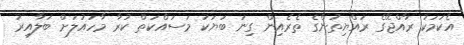
އެކަމަކު ރާއްޖޭގެ ރައްޔިތުންގެ ތެރެއިން ގިނަ ބަޔަކު މަސައްކަތް ކުރާ މާހައުލަށް ބަލާއިރު